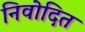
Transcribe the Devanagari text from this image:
निवोदित